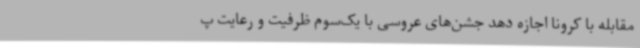
مقابله با کرونا اجازه دهد جشن‌های عروسی با یک‌سوم ظرفیت و رعایت پ